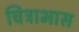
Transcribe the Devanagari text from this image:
चित्राभास